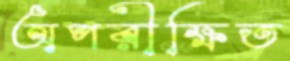
অপরীক্ষিত